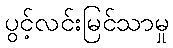
ပွင့်လင်းမြင်သာမှု